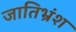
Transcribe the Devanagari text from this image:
जातिभ्रंश